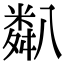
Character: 𥻋